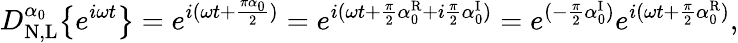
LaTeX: D_{\mathrm{N,L}}^{\alpha_{0}}\big\{ {e^{i\omega t}\big\} }=e^{i(\omega t+\frac{\pi\alpha_{0}}{2})}=e^{i(\omega t+\frac{\pi}{2}\alpha_{0}^{\mathrm{R}}+i\frac{\pi}{2}\alpha_{0}^{\mathrm{I}})}=e^{(-\frac{\pi}{2}\alpha_{0}^{\mathrm{I}})}e^{i(\omega t+\frac{\pi}{2}\alpha_{0}^{\mathrm{R}})},